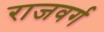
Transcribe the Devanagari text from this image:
राजवर्ग